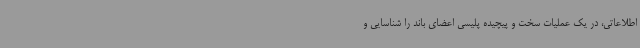
اطلاعاتی، در یک عملیات سخت و پیچیده پلیسی اعضای باند را شناسایی و